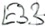
Text: E3.3